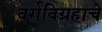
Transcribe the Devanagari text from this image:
वर्गविग्रहाचे